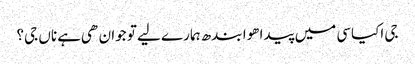
جی اکیاسی میں پیدا هوا بندھ ہمارے لیے تو جوان هی ہے ناں جی؟